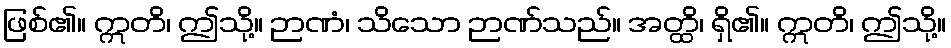
ဖြစ်၏။ ဣတိ၊ ဤသို့။ ဉာဏံ၊ သိသော ဉာဏ်သည်။ အတ္ထိ၊ ရှိ၏။ ဣတိ၊ ဤသို့။